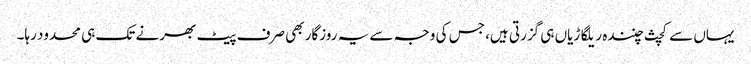
یہاں سے کچث چنندہ ریلگاڑیاں ہی گزرتی ہیں، جس کی وجہ سے یہ روزگار بھی صرف پیٹ بھرنے تک ہی محدود رہا۔